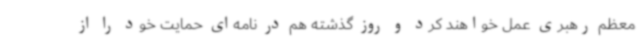
معظم رهبری عمل خواهند کرد و روز گذشته هم در نامه‌ای حمایت خود را از